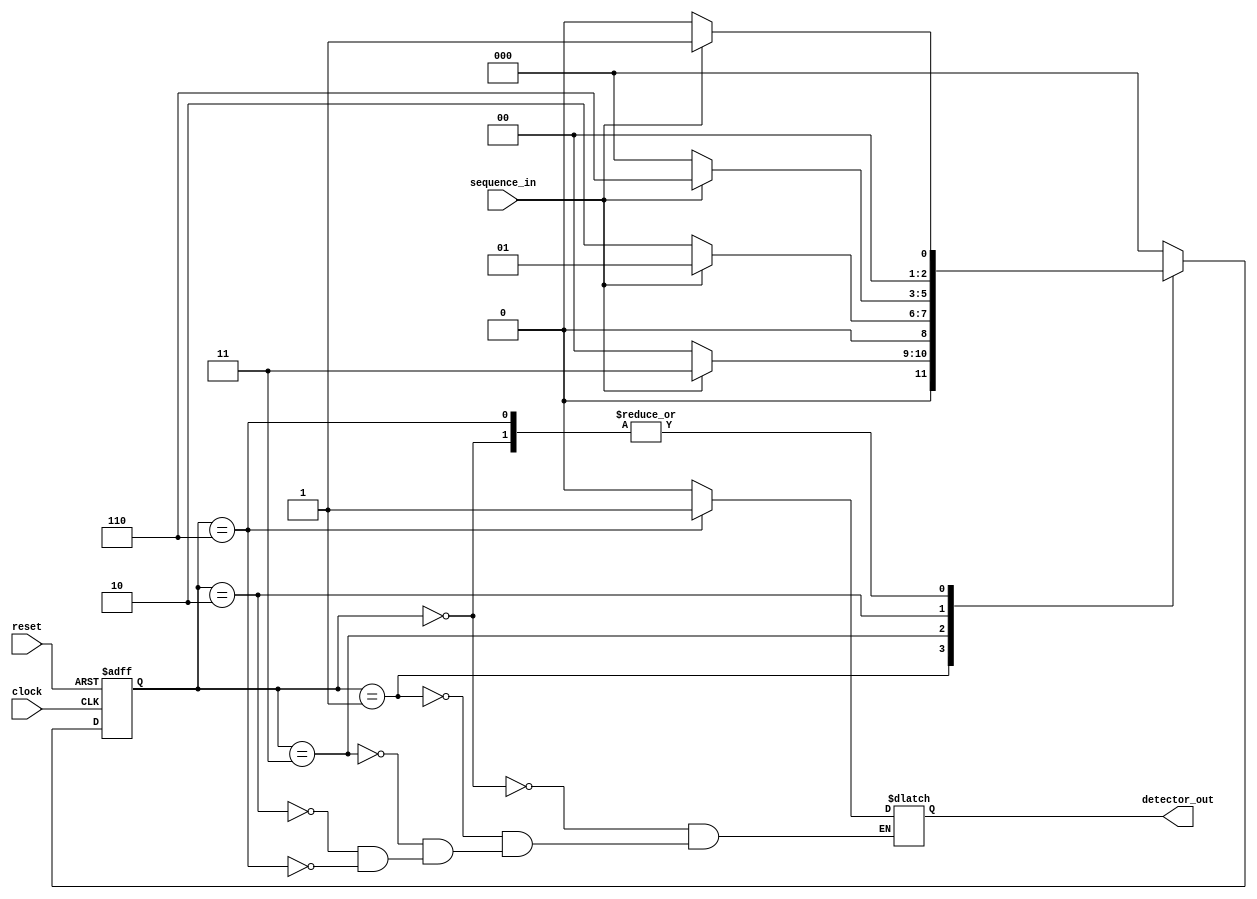
module seqDetector  //1101 sequence
(
input sequence_in,
input clock,
input reset,
output reg detector_out
);

parameter Zero = 3'b000,
	  One  = 3'b001,
	  OneOne = 3'b011,
	  OneOneZero = 3'b010,
          OneOneZeroOne = 3'b110;

reg [2:0] current_state, next_state;

always@(posedge clock, posedge reset)
begin
	if(reset==1)
		current_state <= Zero;
	else
		current_state <= next_state;
end

always@(current_state, sequence_in)
begin
	case(current_state)
	Zero:
	begin
		if(sequence_in == 1)
			next_state <= One;
		else
			next_state <= Zero;
	end
	One:
	begin
		if(sequence_in == 1)
			next_state <= OneOne;
		else
			next_state <= Zero;
	end
	OneOne:
	begin
		if(sequence_in == 1)
			next_state <= One;
		else
			next_state <= OneOneZero;
	end
	OneOneZero:
	begin
		if(sequence_in == 1)
			next_state <= OneOneZeroOne;
		else
			next_state <= Zero;
	end
	OneOneZeroOne:
	begin
		if(sequence_in == 1)
			next_state <= One;
		else
			next_state <= Zero;
	end
	default: next_state <= Zero;
	endcase
end

always@(current_state)
begin
	case(current_state)
	Zero: detector_out <= 0;
	One : detector_out <= 0;
	OneOne: detector_out <= 0;
	OneOneZero: detector_out <= 0;
	OneOneZeroOne: detector_out <= 1;
	endcase
end
endmodule